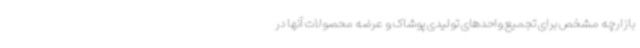
بازارچه مشخص برای تجمیع واحدهای تولیدی پوشاک و عرضه محصولات آنها در